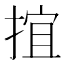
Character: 𢯕